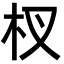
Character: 杈